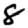
Digit: 8